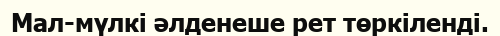
Мал-мүлкі әлденеше рет төркіленді.